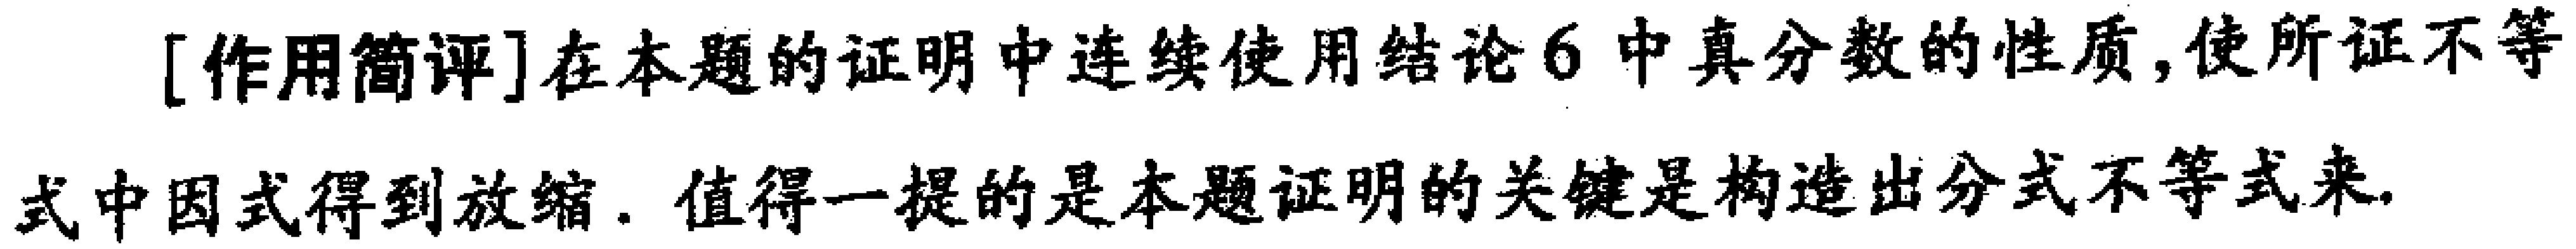
[作用简评]在本题的证明中连续使用结论6中真分数的性质,使所证不等式中因式得到放缩. 值得一提的是本题证明的关键是构造出分式不等式来